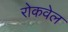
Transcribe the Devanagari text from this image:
रोकवेल